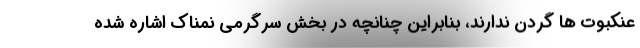
عنکبوت ها گردن ندارند، بنابراین چنانچه در بخش سرگرمی نمناک اشاره شده